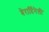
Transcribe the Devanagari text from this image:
बेरार्दिनेली